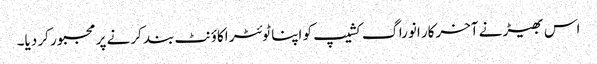
اس بھیڑ نے آخرکار انوراگ کشیپ کو اپنا ٹوئٹر اکاؤنٹ بند کرنے پر مجبور کر دیا۔